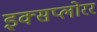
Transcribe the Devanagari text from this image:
इक्सप्लोरर